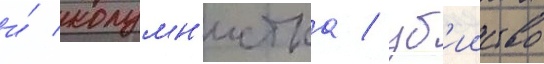
и́ колумн'истка / уб'ииство